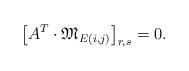
LaTeX: \begin{align*}\left[ A^T \cdot \mathfrak{M}_{E(i,j)} \right]_{r,s} = 0. \end{align*}